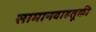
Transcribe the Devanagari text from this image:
सामानवाहतूकी